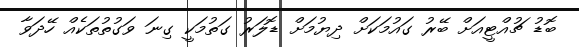
ބޮޑު ޗުއްޓީއަށް ބޭރު ގައުމަކަށް ދިޔުމަށް ޑޮލަރު ގަތުމަކީ ގިނަ ވަގުތުތަކެއް ހޭދަވާ